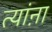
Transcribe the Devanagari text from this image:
त्यांऩा